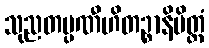
သုညတပ္ပဏီဟိတဉ္စာနိမိတ္တံ